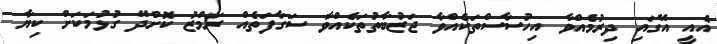
އެއީ އޭގައި ދިރުމެއްވާ އިހުސާސްތަކެއްވާ ޖަޒުބާތުތަކެއްވާ ސަގާފަތެއް ރަމްޒު ކޮށްދޭ ގުޅުމަކަށް ކިޔާ